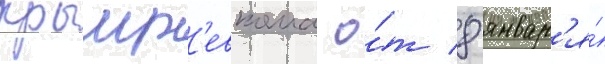
крымр'евкома о́т 8 январ'я́